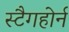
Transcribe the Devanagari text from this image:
स्टैगहोर्न